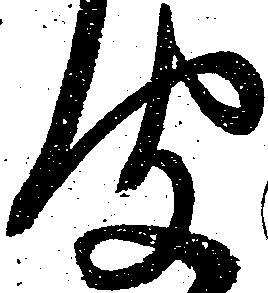
聞